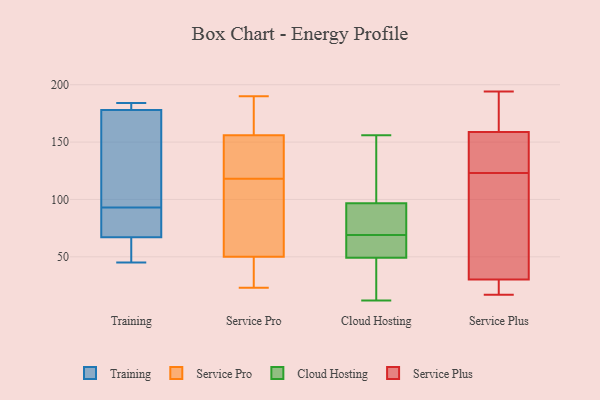
{"axis": {"x": "Budget (USD K)", "y": "Value"}, "legend": ["Cloud Hosting", "Service Plus", "Service Pro", "Training"], "data": [{"x": "", "y": 108, "type": "Training"}, {"x": "", "y": 67, "type": "Training"}, {"x": "", "y": 91, "type": "Training"}, {"x": "", "y": 45, "type": "Training"}, {"x": "", "y": 79, "type": "Training"}, {"x": "", "y": 49, "type": "Training"}, {"x": "", "y": 178, "type": "Training"}, {"x": "", "y": 184, "type": "Training"}, {"x": "", "y": 95, "type": "Training"}, {"x": "", "y": 181, "type": "Training"}, {"x": "", "y": 127, "type": "Service Pro"}, {"x": "", "y": 23, "type": "Service Pro"}, {"x": "", "y": 167, "type": "Service Pro"}, {"x": "", "y": 50, "type": "Service Pro"}, {"x": "", "y": 190, "type": "Service Pro"}, {"x": "", "y": 46, "type": "Service Pro"}, {"x": "", "y": 183, "type": "Service Pro"}, {"x": "", "y": 24, "type": "Service Pro"}, {"x": "", "y": 187, "type": "Service Pro"}, {"x": "", "y": 76, "type": "Service Pro"}, {"x": "", "y": 76, "type": "Service Pro"}, {"x": "", "y": 109, "type": "Service Pro"}, {"x": "", "y": 156, "type": "Service Pro"}, {"x": "", "y": 156, "type": "Service Pro"}, {"x": "", "y": 79, "type": "Service Pro"}, {"x": "", "y": 30, "type": "Service Pro"}, {"x": "", "y": 156, "type": "Service Pro"}, {"x": "", "y": 144, "type": "Service Pro"}, {"x": "", "y": 89, "type": "Cloud Hosting"}, {"x": "", "y": 141, "type": "Cloud Hosting"}, {"x": "", "y": 156, "type": "Cloud Hosting"}, {"x": "", "y": 50, "type": "Cloud Hosting"}, {"x": "", "y": 55, "type": "Cloud Hosting"}, {"x": "", "y": 69, "type": "Cloud Hosting"}, {"x": "", "y": 49, "type": "Cloud Hosting"}, {"x": "", "y": 90, "type": "Cloud Hosting"}, {"x": "", "y": 12, "type": "Cloud Hosting"}, {"x": "", "y": 99, "type": "Cloud Hosting"}, {"x": "", "y": 14, "type": "Cloud Hosting"}, {"x": "", "y": 139, "type": "Service Plus"}, {"x": "", "y": 163, "type": "Service Plus"}, {"x": "", "y": 123, "type": "Service Plus"}, {"x": "", "y": 18, "type": "Service Plus"}, {"x": "", "y": 109, "type": "Service Plus"}, {"x": "", "y": 49, "type": "Service Plus"}, {"x": "", "y": 146, "type": "Service Plus"}, {"x": "", "y": 181, "type": "Service Plus"}, {"x": "", "y": 194, "type": "Service Plus"}, {"x": "", "y": 17, "type": "Service Plus"}, {"x": "", "y": 24, "type": "Service Plus"}]}